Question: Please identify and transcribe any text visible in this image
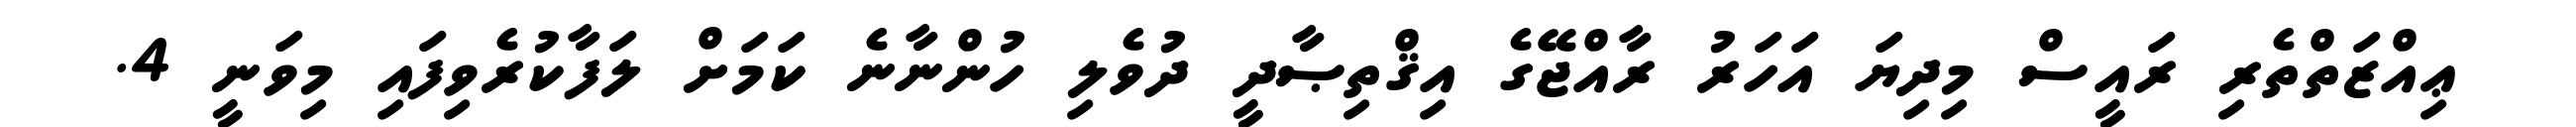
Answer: ޢިއްޒަތްތެރި ރައީސް މިދިޔަ އަހަރު ރާއްޖޭގެ އިޤްތިޞާދީ ދުވެލި ހުންނާނެ ކަމަށް ލަފާކުރެވިފައި މިވަނީ 4.